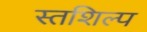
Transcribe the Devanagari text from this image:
स्‍तशिल्प